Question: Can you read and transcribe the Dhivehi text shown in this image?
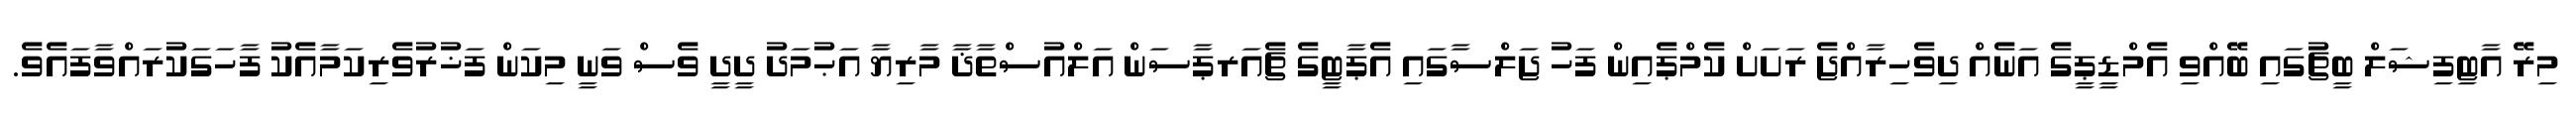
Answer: މިރޭ އާޓިފިޝަލް ބީޗުގައި ބޭއްވި އެމްޑީޕީގެ އަނެއް ދިވެހިރާއްޖެ ރަށަށް ކެމްޕެއިން ފަހު ޖަލްސާގައި އެޕާޓީގެ ޗެއަރޕާސަން އަލްއުސްތާޛާ މާރިޔާ އަޙުމަދު ދީދީ ވެސް ވަނީ މިކަން ފަޚުރުވެރިކަމާއެކު ފާހަގަކުރައްވާފައެވެ.